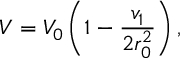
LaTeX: V = V _ { 0 } \left( 1 - { \frac { v _ { 1 } } { 2 r _ { 0 } ^ { 2 } } } \right) ,